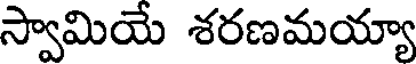
స్వామియే శరణమయ్యా